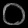
Digit: ၀